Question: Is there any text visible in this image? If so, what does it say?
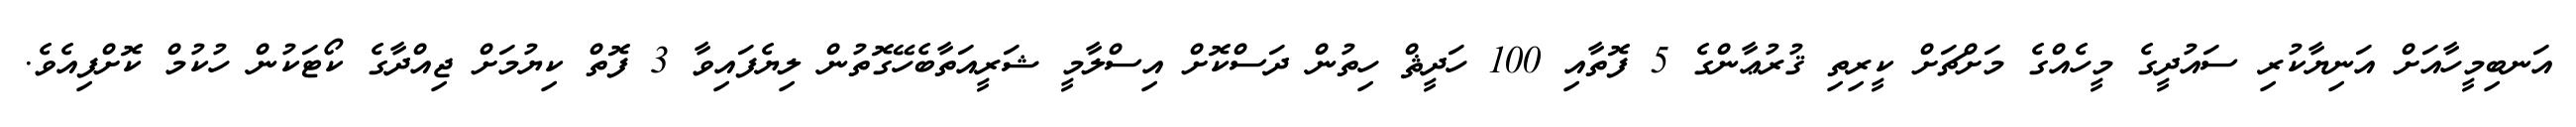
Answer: އަނބިމީހާއަށް އަނިޔާކުރި ސައުދީގެ މީހެއްގެ މަށްޗަށް ކީރިތި ޤުރުޢާންގެ 5 ފޮތާއި 100 ހަދީޘް ހިތުން ދަސްކޮށް އިސްލާމީ ޝަރީއަތާބެހޭގޮތުން ލިޔެފައިވާ 3 ފޮތް ކިޔުމަށް ޖިއްދާގެ ކޯޓަކުން ހުކުމް ކޮށްފިއެވެ.